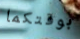
بوقتكما